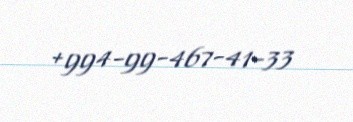
+994-99-467-41-33